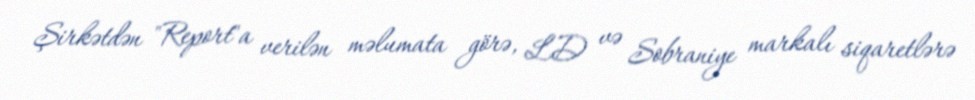
Şirkətdən "Report"a verilən məlumata görə, LD və Sobraniye markalı siqaretlərə